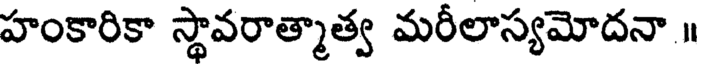
హంకారికా స్థావరాత్మాత్వ మరీలాస్యమోదనా ॥